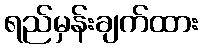
ရည်မှန်းချက်ထား